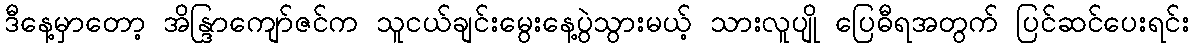
ဒီနေ့မှာတော့ အိန္ဒြာကျော်ဇင်က သူငယ်ချင်းမွေးနေ့ပွဲသွားမယ့် သားလူပျို ပြေဓီရအတွက် ပြင်ဆင်ပေးရင်း